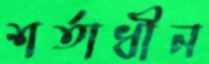
শর্তাধীন